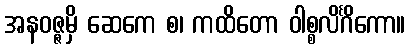
အနဝဇ္ဇမှိ ဆေကေ စ၊ ကထိတော ဝါစ္စလိင်္ဂိကော။